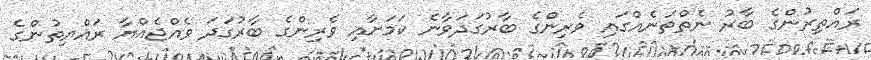
ރައްތިރުންގެ ބާރު ނެތްތަނެއްގައި ވެރިންގެ ބާރުގަދަވާނެ ކަމަށާއި ވެރިންގެ ބާރުގަދަ ވެއްޖެއްޔާ ރައްޔިތުންގެ